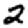
Digit: 2